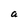
Character: a